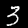
Label: 3